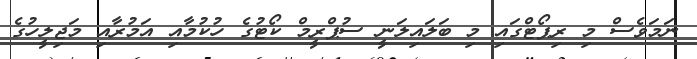
ނަމަވެސް މި ރިޕޯޓްގައި މި ބަލައިލަނީ ސުޕްރީމް ކޯޓުގެ ހުކުމާއި އަމުރާއި މަޖިލީހުގެ